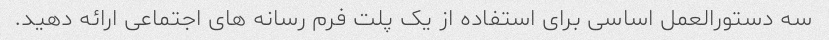
سه دستورالعمل اساسی برای استفاده از یک پلت فرم رسانه های اجتماعی ارائه دهید.